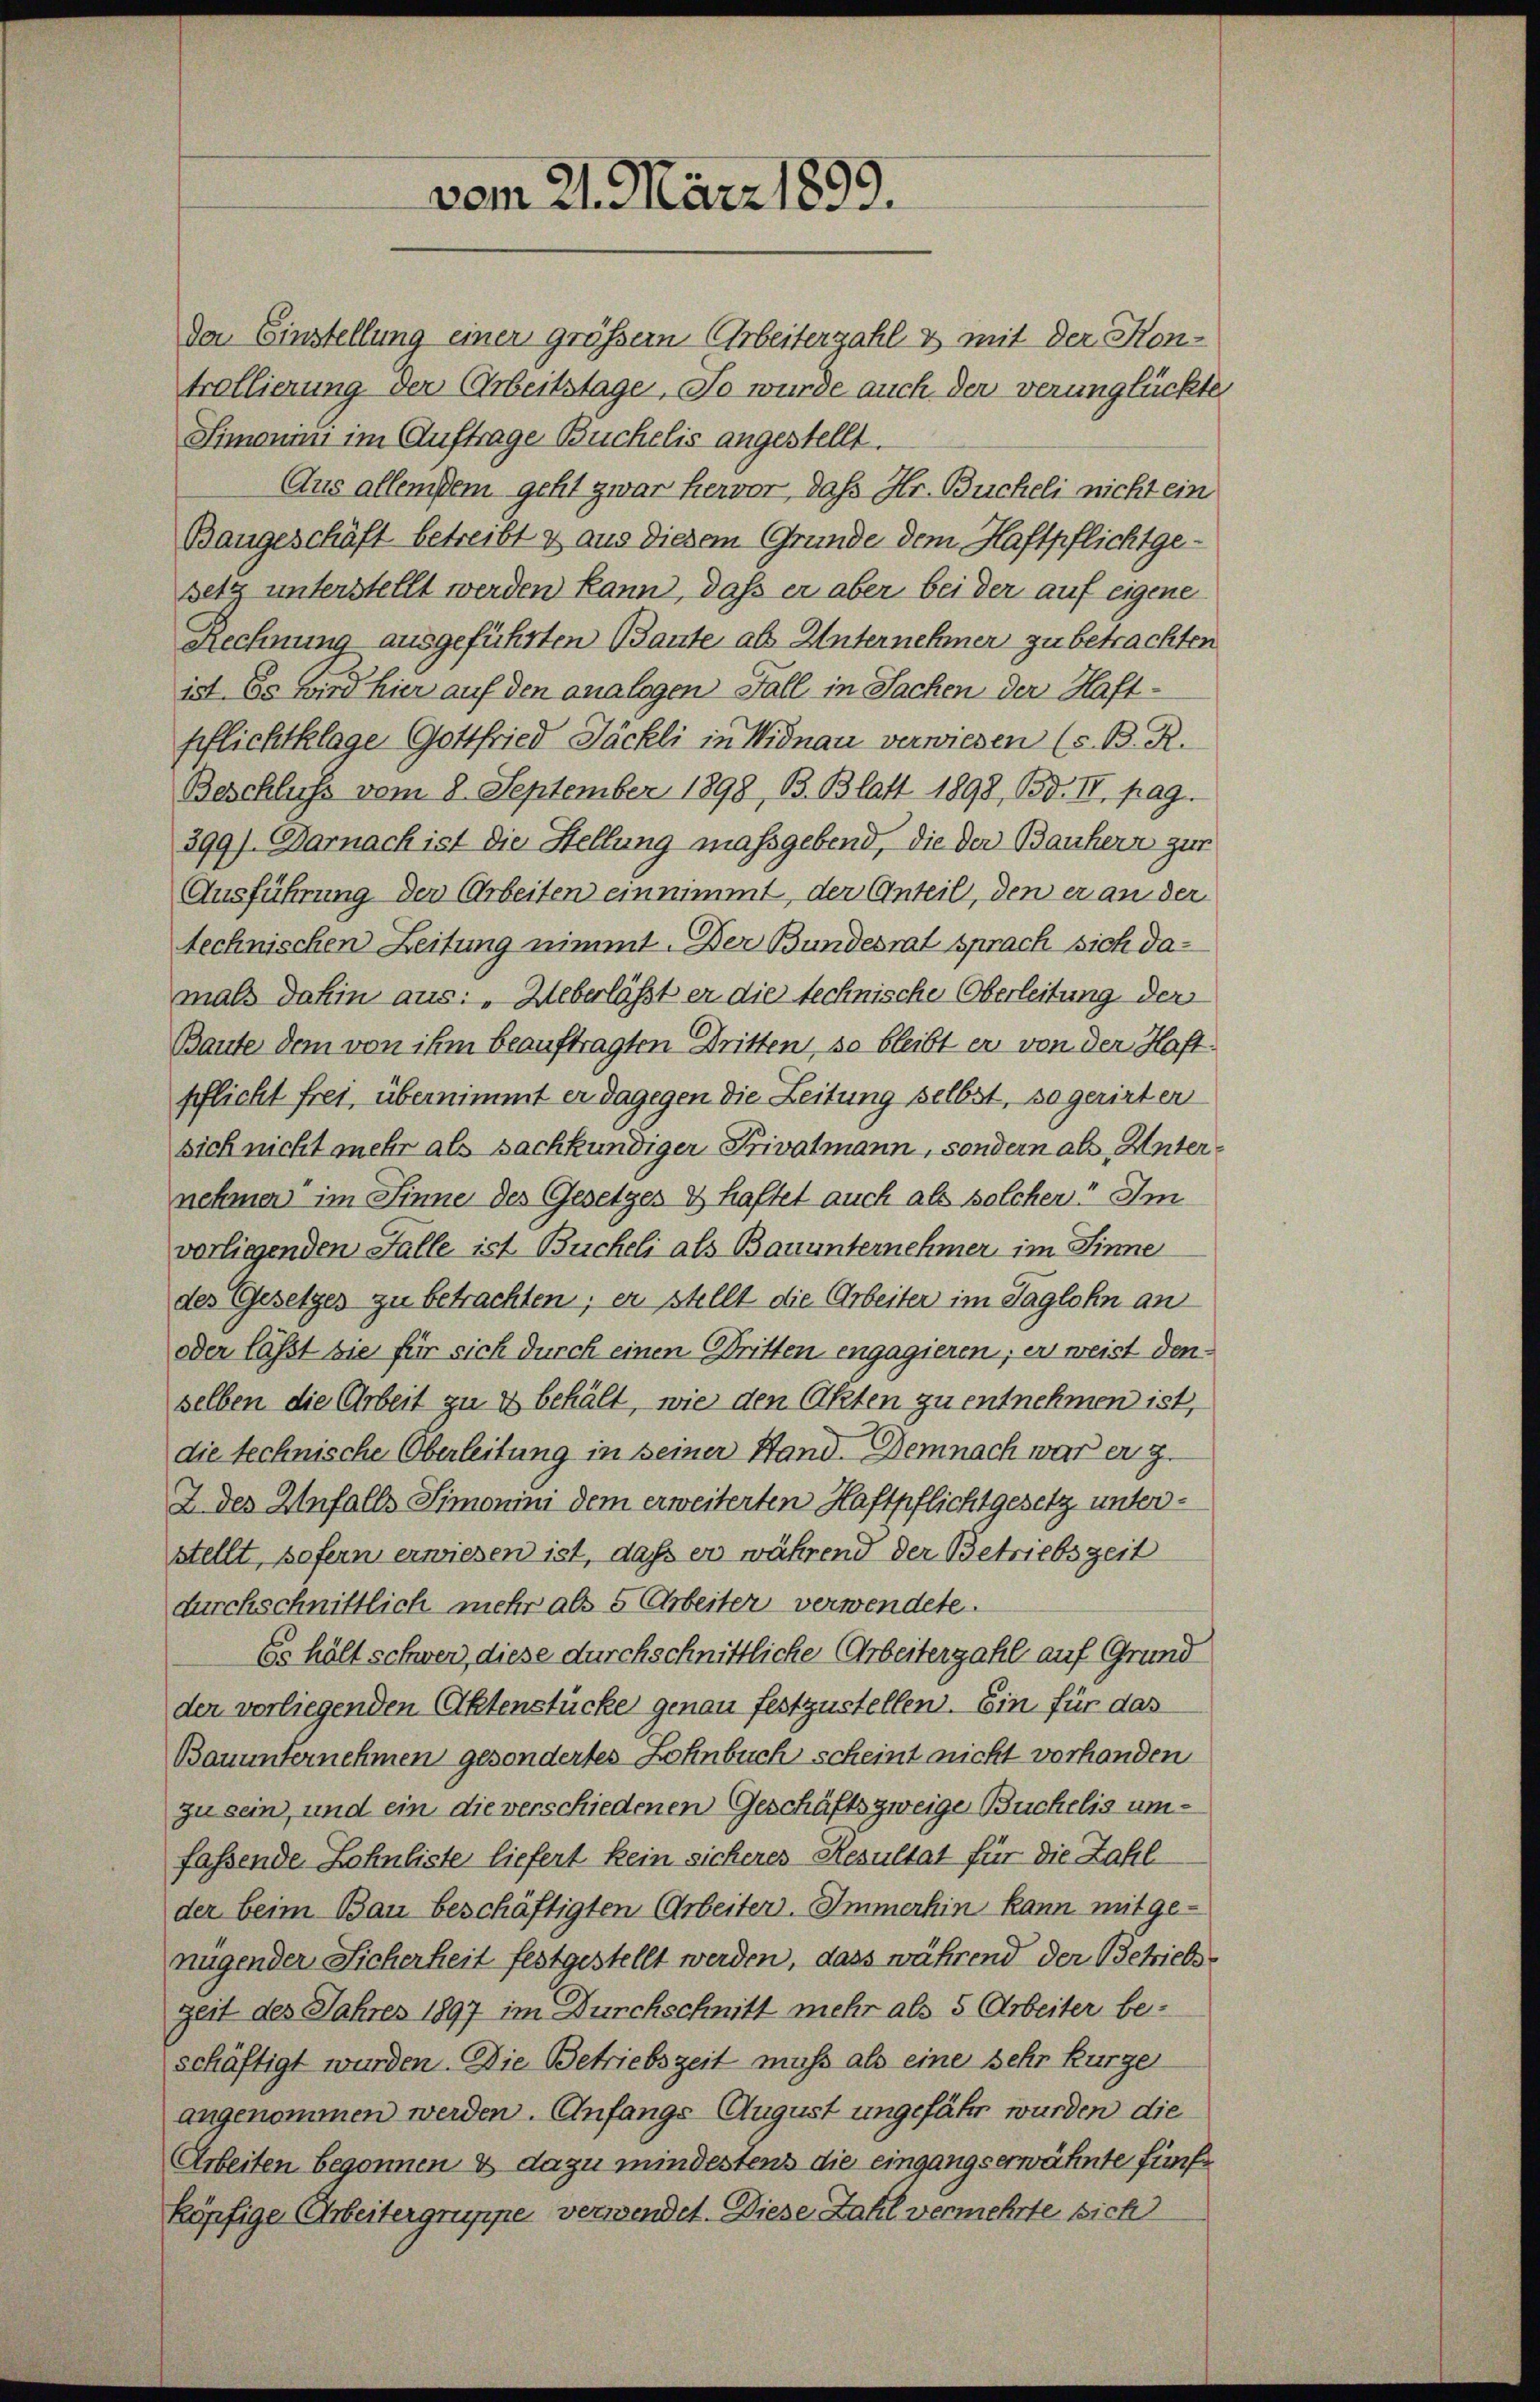
vom 21. März 1899.

Da Einstellung einer größer Arbeiterzahl & mit der Hontrollierung der Arbeitstage. So wurde auch der verunglückte
Simonin im Auftrage Buchelis angestellt.
Aus allem dem geht zwar hervor, daß Hr. Bucheli nicht ein
Baugeschäft betreibt & aus diesem Grunde dem Haftpflichtgesetz unterstellt werden kann, daß er aber bei der auf eigene
Rechnung ausgeführten Baute als Unternehmer zu betrachten
ist. Es wird hier auf den analogen Fall in Sachen der Haft-
pflichtklage Gottfried Jäckli in Widnau verwiesen (s. B. R.
Beschluss vom 8. September 1898, B. Blatt 1898, Bd. II. pag.
399). Darnach ist die Stellung massgebend, die der Bauherz zur
Ausführung der Arbeiten einnimmt, der Anteil, den er an der
technischen Zeitung nimmt. Der Bundesrat sprach sich damals dahin aus: „Ueberlässt er die technische Oberleitung der
Baute dem von ihm beauftragten Dritten, so bleibt er von der Haft
pflicht frei, übernimmt er dagegen die Zeitung selbst, so gerirter
sich nicht mehr als sachkundiger Privatmann, sondern als Unternehmen im Sinne des Gesetzes & haftet auch als solchen? Im
vorliegenden Falle ist Bucheli als Bauunternehmer im Sinne
des Gesetzes zu betrachten; er stellt die Arbeiter im Taglohn an
oder lässt sie für sich durch einen Dritten engagieren, er weist denselben die Arbeit zu & behält, wie den Akten zu entnehmen ist,
die technische Oberleitung in seiner Stand. Demnach war er z.
2 des Unfalls Simonini dem erweiterten Haftpflichtgesetz unterstellt, sofern erwiesen ist, daß er während der Betriebszeit
durchschnittlich mehr als 5 Arbeiter verwendete.
Es hält schwer, diese durchschnittliche Arbeiterzahl auf Grund
der vorliegenden Aktenstücke genau festzustellen. Ein für das
Bauunternehmen gesondertes Lohnbuch scheint nicht vorhanden
zu sein, und ein die verschiedenen Geschäftszweige Buchelis umfassende Lohnliste liefert kein sicheres Resultat für die Zahl
der beim Bau beschäftigten Arbeiter. Immerhin kann mit genügender Sicherheit festgestellt werden, dass während der Betrielszeit des Jahres 1897 im Durchschnitt mehr als 5 Arbeiter beschäftigt wurden. Die Betriebszeit muss als eine sehr kurzel
angenommen werden. Anfangs-August ungefähr wurden die
Arbeiten begonnen & dazu mindestens die eingangserwähnte fünf
köpfige Arbeitergruppe verwendet. Diese Zahl vermehrte sich